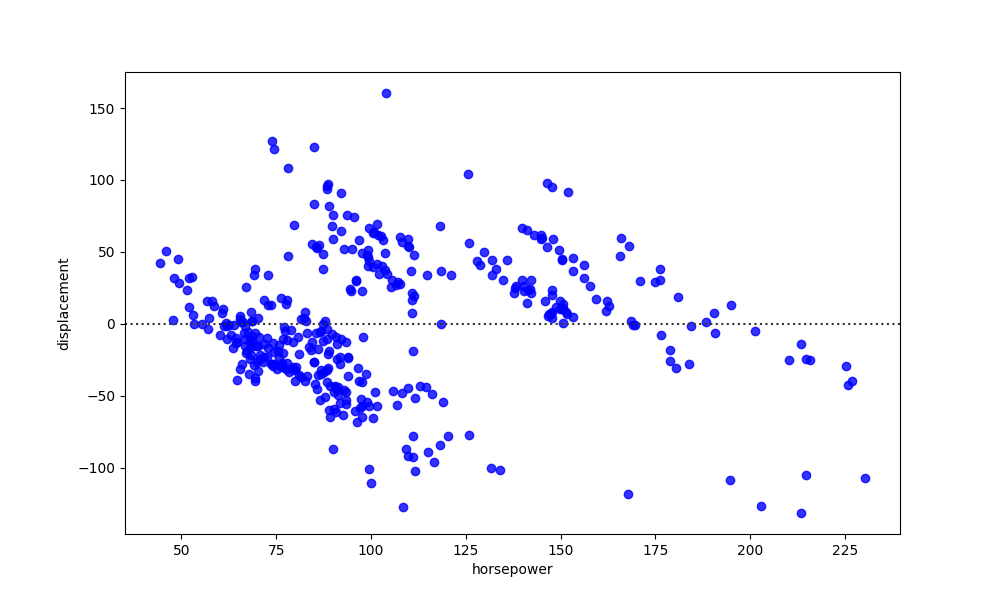
python, seaborn, residplot, lowess=False, scatter_color=blue